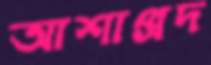
আশাপ্রদ